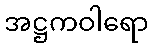
အဋ္ဌကဝါရော